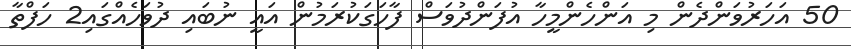
50 އަހަރުވަންދެން މި އަންހެންމީހާ އުފަންދުވަސް ފާހަގަކުރަމުން އައީ ނުބައި ދުވަހެއްގައި2 ހަފްތާ